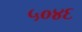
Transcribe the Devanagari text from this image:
५०४६